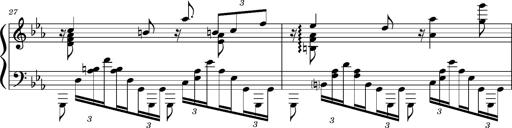
Title: PrÃ©ludes et Harmonies poÃ©tiques et religieuses
Composer: Franz Liszt